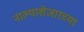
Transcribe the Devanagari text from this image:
नाल्याशेजारच्या